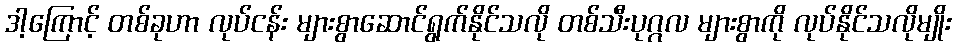
ဒါ့ကြောင့် တစ်ခုဟာ လုပ်ငန်း များစွာဆောင်ရွက်နိုင်သလို တစ်သီးပုဂ္ဂလ များစွာကို လုပ်နိုင်သလိုမျိုး